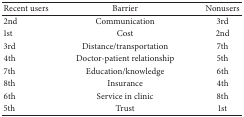
<table><thead><tr><td><b>Recent users</b></td><td><b>Barrier</b></td><td><b>Nonusers</b></td></tr></thead><tbody><tr><td>2nd</td><td>Communication</td><td>3rd</td></tr><tr><td>1st</td><td>Cost</td><td>2nd</td></tr><tr><td>3rd</td><td>Distance/transportation</td><td>7th</td></tr><tr><td>4th</td><td>Doctor-patient relationship</td><td>5th</td></tr><tr><td>7th</td><td>Education/knowledge</td><td>6th</td></tr><tr><td>8th</td><td>Insurance</td><td>4th</td></tr><tr><td>6th</td><td>Service in clinic</td><td>8th</td></tr><tr><td>5th</td><td>Trust</td><td>1st</td></tr></tbody></table>